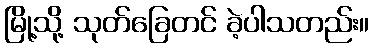
မြို့သို့ သုတ်ခြေတင် ခဲ့ပါသတည်း။